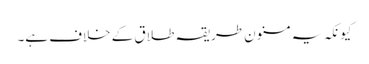
کیونکہ یہ مسنون طریقہ طلاق کے خلاف ہے۔